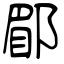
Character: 郿